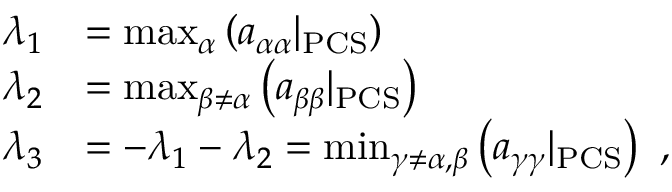
\begin{array} { r l } { \lambda _ { 1 } } & { = \operatorname* { m a x } _ { \alpha } \left( a _ { \alpha \alpha } | _ { \mathrm { P C S } } \right) } \\ { \lambda _ { 2 } } & { = \operatorname* { m a x } _ { \beta \neq \alpha } \left( a _ { \beta \beta } | _ { \mathrm { P C S } } \right) } \\ { \lambda _ { 3 } } & { = - \lambda _ { 1 } - \lambda _ { 2 } = \operatorname* { m i n } _ { \gamma \neq \alpha , \beta } \left( a _ { \gamma \gamma } | _ { \mathrm { P C S } } \right) \ \mathrm { , } } \end{array}